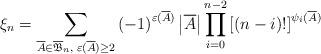
LaTeX: \begin{align*}\xi_{n} = \sum_{\overline{A}\in \overline{\mathfrak{B}}_n ,\; \varepsilon (\overline{A})\ge 2} \left( -1\right)^{\varepsilon (\overline{A} )} \left| \overline{A} \right| \prod_{i=0}^{n-2} \left[ \left( n-i\right) ! \right]^{\psi_i (\overline{A})}\end{align*}